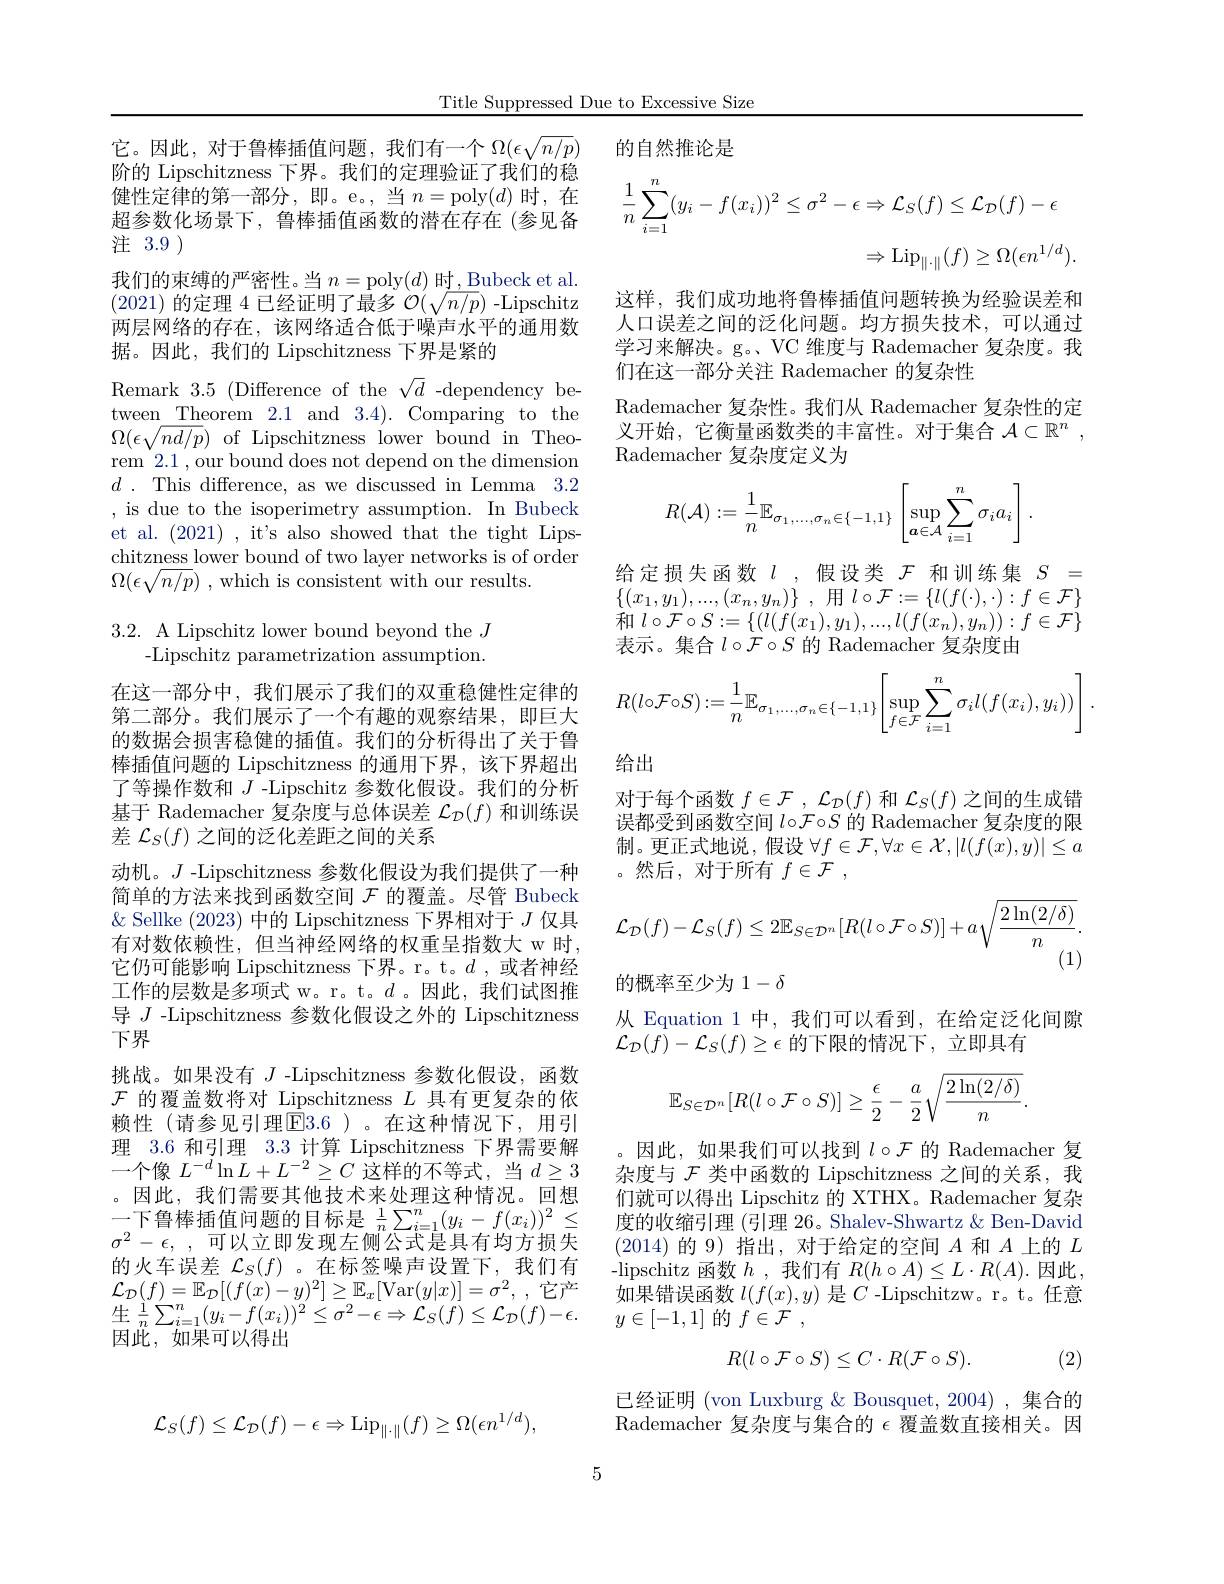
Title Suppressed Due to Excessive Size

的自然推论是

超参数化场景下，鲁棒插值函数的潜在存在(参见备
注 3.9 )
$$\dfrac{1}{n}\sum_{i=1}^n(y_i-f(x_i))^2\leq\sigma^2-\epsilon\Rightarrow\mathcal{L}_S(f)\leq\mathcal{L}_{\mathcal{D}}(f)-\epsilon $$
$$\Rightarrow\mathrm{Lip}_{\|\cdot\|}(f)\geq\Omega(\epsilon n^{1/d}).$$
这样，我们成功地将鲁棒插值问题转换为经验误差和人口误差之间的泛化问题。均方损失技术，可以通过学习来解决。g。、VC 维度与 Rademacher 复杂度。我们在这一部分关注 Rademacher 的复杂性
Rademacher 复杂性。我们从 Rademacher 复杂性的定义开始，它衡量函数类的丰富性。对于集合$\mathcal{A} \subset \mathbb{R} ^n$ , Rademacher 复杂度定义为

它。因此，对于鲁棒插值问题，我们有一个$\Omega(\epsilon\sqrt{n/p})$ 阶的 Lipschitzness 下界。我们的定理验证了我们的稳健性定律的第一部分，即。e。,当$n=$poly$(d)$时，在我们的束缚的严密性。当$n=$poly$(d)$时，Bubeck et al. (2021) 的 定 理 4 已 经 证 明 了 最 多 $\mathcal{O} ( \sqrt {n/ p})$ - Lipschitz 两 层 网 络 的 存 在 , 该 网 络 适 合 低 于 噪 声 水 平 的 通 用 数据。因此，我们的 Lipschitzness 下界是紧的
Remark 3.5 (Difference of the $\sqrt d$ -dependency be- $\Omega(\epsilon\sqrt{nd/p})$of Lipschitzness lower bound in Theorem 2.1 , our bound does not depend on the dimension $d~.~$This difference, as we discussed in Lemma 3.2 , is due to the isoperimetry assumption. In Bubeck et al. (2021) , it's also showed that the tight Lipschitzness lower bound of two layer networks is of order $\Omega ( \epsilon \sqrt {n/ p})$ ,which is consistent with our results.
$$R(\mathcal{A}):=\dfrac{1}{n}\mathbb{E}_{\sigma_1,\dots,\sigma_n\in\{-1,1\}}\left[\sup\limits_{\boldsymbol{a}\in\mathcal{A}}\sum\limits_{i=1}^n\sigma_ia_i\right].$$
给定损失函数$l$,假设类$\mathcal{F}$和训练集$S=$ $\{ ( x_{1}, y_{1}) , . . . , ( x_{n}, y_{n}) \}$ , 用$l\circ\mathcal{F}:=\{l(f(\cdot),\cdot):f\in\mathcal{F}\}$ 和 $l\circ \mathcal{F} \circ S: = \{ ( l( f( x_{1}) , y_{1}) , . . . , l( f( x_{n}) , y_{n}) ) : f\in \mathcal{F} \}$ 表示。集合$l\circ\mathcal{F}\circ S$的 Rademacher 复杂度由

## 3.2. A Lipschitz lower bound beyond the $J$ -Lipschitz parametrization assumption.
$$R(l\circ\mathcal{F}\circ S):=\dfrac{1}{n}\mathbb{E}_{\sigma_1,\dots,\sigma_n\in\{-1,1\}}\Biggl[\sup\limits_{f\in\mathcal{F}}\sum\limits_{i=1}^n\sigma_il(f(x_i),y_i))\Biggr]\:.$$
给出

对于每个函数$f\in \mathcal{F}$ , $\mathcal{L} _{\mathcal{D} }( f)$和$\mathcal{L}_S(f)$之间的生成错误都受到函数空间$l\circ\mathcal{F}\circ S$的 Rademacher 复杂度的限制。更正式地说，假设$\forall f\in\mathcal{F},\forall x\in\mathcal{X},|l(f(x),y)|\leq a$ 。然后，对于所有$f\in \mathcal{F}$ ,
$$\mathcal{L}_{\mathcal{D}}(f)-\mathcal{L}_{S}(f)\leq2\mathbb{E}_{S\in\mathcal{D}^{n}}[R(l\circ\mathcal{F}\circ S)]+a\sqrt{\frac{2\ln(2/\delta)}{n}}.$$
(1)
的概率至少为 1$-\delta$

在这一部分中，我们展示了我们的双重稳健性定律的第二部分。我们展示了一个有趣的观察结果，即巨大的数据会损害稳健的插值。我们的分析得出了关于鲁棒插值问题的 Lipschitzness 的通用下界，该下界超出了等操作数和 J -Lipschitz 参数化假设。我们的分析基于 Rademacher 复杂度与总体误差$\mathcal{L}_\mathcal{D}(f)$和训练误差$\mathcal{L}_S(f)$之间的泛化差距之间的关系
动机。$J$ -Lipschitzness 参数化假设为我们提供了一种简单的方法来找到函数空间$\mathcal{F}$的覆盖。尽管 Bubeck $\&$ Sellke (2023)中的 Lipschitzness 下界相对于$J$仅具有对数依赖性，但当神经网络的权重呈指数大 w 时， 它仍可能影响 Lipschitzness 下界。r。t。$d$ ,或者神经工作的层数是多项式 w。r。t。$d$ 。因此，我们试图推导$J$ -Lipschitzness 参数化假设之外的 Lipschitzness 下界
挑战。如果没有$J$ -Lipschitzness 参数化假设，函数$\mathcal{F}$的覆盖数将对 Lipschitzness $L$具有更复杂的依赖性(请参见引理$\boxed{\mathrm{F}}3.6$)。在这种情况下，用引理 3.6 和引理 3.3 计算 Lipschitzness 下界需要解一个像$L^-d\ln L+L^{-2}\geq C$这样的不等式，当$d\geq3$ 。因此，我们需要其他技术来处理这种情况。回想一下鲁棒插值问题的目标是$\frac1n\sum_{i=1}^n(y_i-f(x_i))^2\leq$ $\sigma ^2- \epsilon $, , 可以立即发现左侧公式是具有均方损失的火车误差$\mathcal{L}_S(f)$。在标签噪声设置下，我们有$\mathcal{L}_{\mathcal{D}}(f)=\mathbb{E}_{\mathcal{D}}[(f(x)-y)^{2}]\geq\mathbb{E}_{x}[$Var$(y|x)]=\sigma^2$,它产$\begin{array}{l}{生\:\frac{1}{n}\sum_{i=1}^{n}(y_{i}-f(x_{i}))^{2}\leq\sigma^{2}-\epsilon\Rightarrow\mathcal{L}_{S}(f)\leq\mathcal{L}_{\mathcal{D}}(f)-\epsilon.}\\{\text{可以}}\end{array}$ 因此，如果可以得出

从 Equation 1 中，我们可以看到，在给定泛化间隙
$\mathcal{L}_{\mathcal D}(\bar{f})-\mathcal{L}_S(f)\geq\epsilon$的下限的情况下，立即具有
$$\mathbb{E}_{S\in\mathcal{D}^n}[R(l\circ\mathcal{F}\circ S)]\geq\frac{\epsilon}{2}-\frac{a}{2}\sqrt{\frac{2\ln(2/\delta)}{n}}.$$
。因此，如果我们可以找到$l\circ\mathcal{F}$的 Rademacher 复杂度与$\mathcal{F}$类中函数的 Lipschitzness 之间的关系，我们就可以得出 Lipschitz 的 XTHX。Rademacher 复杂度的收缩引理 (引理 26。Shalev-Shwartz & Ben-David (2014)的 9) 指出，对于给定的空间$A$和$A$上的$L$ -lipschitz 函数$h$ ,我们有$R(h\circ A)\leq L\cdot R(A).$因此， 如果错误函数$l(f(x),y)$是$C$ -Lipschitzw。r。t。任意$y\in[-1,1]$的$f\in \mathcal{F}$ ,
$$R(l\circ\mathcal{F}\circ S)\leq C\cdot R(\mathcal{F}\circ S).$$
(2)

已经证明 (von Luxburg & Bousquet, 2004) , 集合的Rademacher 复杂度与集合的$\epsilon$覆盖数直接相关。因
$$\mathcal{L}_{S}(f)\leq\mathcal{L}_{\mathcal{D}}(f)-\epsilon\Rightarrow\mathrm{Lip}_{\|\cdot\|}(f)\geq\Omega(\epsilon n^{1/d}),$$
5